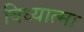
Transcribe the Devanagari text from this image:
विध्यात्मा